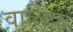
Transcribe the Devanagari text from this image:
वालिक